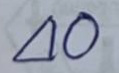
40